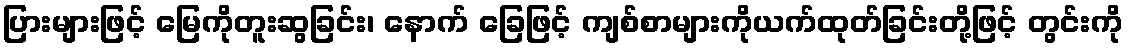
ပြားများဖြင့် မြေကိုတူးဆွခြင်း၊ နောက် ခြေဖြင့် ကျစ်စာများကိုယက်ထုတ်ခြင်းတို့ဖြင့် တွင်းကို